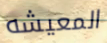
المعيشه